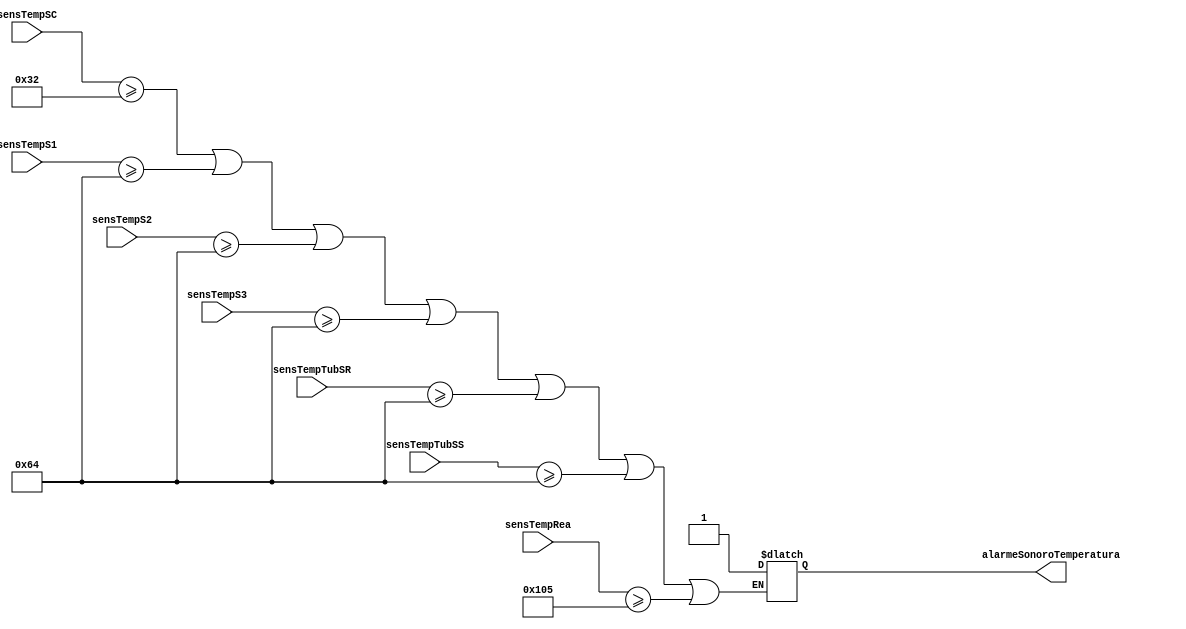
module sistemaDeContoleDeTemperatura(sensTempSC, sensTempS1, sensTempS2, sensTempS3, sensTempTubSR, sensTempTubSS, sensTempRea, alarmeSonoroTemperatura);
    input [7:0] sensTempSC, sensTempS1, sensTempS2, sensTempS3, sensTempTubSR, sensTempTubSS;
    input [8:0] sensTempRea;
    output reg alarmeSonoroTemperatura;
    
    always @ (*)
        begin
        //sensor da Sala de Controle ativa se estiver acima de 50C, do reator acima de 300C e dos demais sensores acima de 100C
            if((sensTempSC >=8'b00110010) || (sensTempS1 >=8'b01100100) || (sensTempS2 >=8'b01100100) || (sensTempS3 >=8'b01100100) || (sensTempTubSR >=8'b01100100) || (sensTempTubSS >=8'b01100100) || (sensTempRea >=9'b100000101))
                alarmeSonoroTemperatura = 1'b1;
        end
endmodule